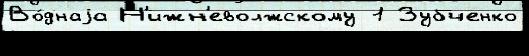
Во́днаjа Н'ижн'еволжскому 1 Зубченко